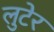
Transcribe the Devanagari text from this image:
लुटेर